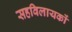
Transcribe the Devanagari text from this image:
सहविलायकों